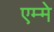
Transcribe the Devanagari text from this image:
एम्मे